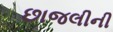
છાજલીની